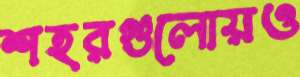
শহরগুলোয়ও